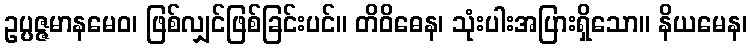
ဥပ္ပဇ္ဇမာနမေဝ၊ ဖြစ်လျှင်ဖြစ်ခြင်းပင်။ တိဝိဓေန၊ သုံးပါးအပြားရှိသော။ နိယမေန၊